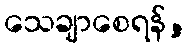
သေချာစေရန်,